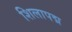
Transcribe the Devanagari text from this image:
शिलापद्म